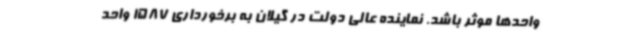
واحدها موثر باشد. نماینده عالی دولت در گیلان به برخورداری 1587 واحد